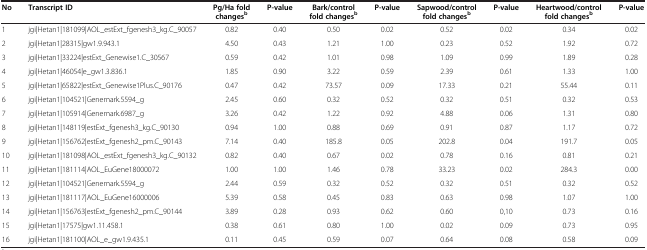
<table><thead><tr><td><b>No</b></td><td><b>Transcript ID</b></td><td><b>Pg/Ha fold changes<sup>b</sup></b></td><td><b>P-value</b></td><td><b>Bark/control fold changes<sup>b</sup></b></td><td><b>P-value</b></td><td><b>Sapwood/control fold changes<sup>b</sup></b></td><td><b>P-value</b></td><td><b>Heartwood/control fold changes<sup>b</sup></b></td><td><b>P-value</b></td></tr></thead><tbody><tr><td>1</td><td>jgi|Hetan1|181099|AOL_estExt_fgenesh3_kg.C_90057</td><td>0.82</td><td>0.40</td><td>0.50</td><td>0.02</td><td>0.52</td><td>0.02</td><td>0.34</td><td>0.02</td></tr><tr><td>2</td><td>jgi|Hetan1|28315|gw1.9.943.1</td><td>4.50</td><td>0.43</td><td>1.21</td><td>1.00</td><td>0.23</td><td>0.52</td><td>1.92</td><td>0.72</td></tr><tr><td>3</td><td>jgi|Hetan1|33224|estExt_Genewise1.C_30567</td><td>0.59</td><td>0.42</td><td>1.01</td><td>0.98</td><td>1.09</td><td>0.99</td><td>1.89</td><td>0.28</td></tr><tr><td>4</td><td>jgi|Hetan1|46054|e_gw1.3.836.1</td><td>1.85</td><td>0.90</td><td>3.22</td><td>0.59</td><td>2.39</td><td>0.61</td><td>1.33</td><td>1.00</td></tr><tr><td>5</td><td>jgi|Hetan1|65822|estExt_Genewise1Plus.C_90176</td><td>0.47</td><td>0.42</td><td>73.57</td><td>0.09</td><td>17.33</td><td>0.21</td><td>55.44</td><td>0.11</td></tr><tr><td>6</td><td>jgi|Hetan1|104521|Genemark.5594_g</td><td>2.45</td><td>0.60</td><td>0.32</td><td>0.52</td><td>0.32</td><td>0.51</td><td>0.32</td><td>0.53</td></tr><tr><td>7</td><td>jgi|Hetan1|105914|Genemark.6987_g</td><td>3.26</td><td>0.42</td><td>1.22</td><td>0.92</td><td>4.88</td><td>0.06</td><td>1.31</td><td>0.80</td></tr><tr><td>8</td><td>jgi|Hetan1|148119|estExt_fgenesh3_kg.C_90130</td><td>0.94</td><td>1.00</td><td>0.88</td><td>0.69</td><td>0.91</td><td>0.87</td><td>1.17</td><td>0.72</td></tr><tr><td>9</td><td>jgi|Hetan1|156762|estExt_fgenesh2_pm.C_90143</td><td>7.14</td><td>0.40</td><td>185.8</td><td>0.05</td><td>202.8</td><td>0.04</td><td>191.7</td><td>0.05</td></tr><tr><td>10</td><td>jgi|Hetan1|181098|AOL_estExt_fgenesh3_kg.C_90132</td><td>0.82</td><td>0.40</td><td>0.67</td><td>0.02</td><td>0.78</td><td>0.16</td><td>0.81</td><td>0.21</td></tr><tr><td>11</td><td>jgi|Hetan1|181114|AOL_EuGene18000072</td><td>1.00</td><td>1.00</td><td>1.46</td><td>0.78</td><td>33.23</td><td>0.02</td><td>284.3</td><td>0.00</td></tr><tr><td>12</td><td>jgi|Hetan1|104521|Genemark.5594_g</td><td>2.44</td><td>0.59</td><td>0.32</td><td>0.52</td><td>0.32</td><td>0.51</td><td>0.32</td><td>0.52</td></tr><tr><td>13</td><td>jgi|Hetan1|181117|AOL_EuGene16000006</td><td>5.39</td><td>0.58</td><td>0.45</td><td>0.83</td><td>0.63</td><td>0.98</td><td>1.07</td><td>1.00</td></tr><tr><td>14</td><td>jgi|Hetan1|156763|estExt_fgenesh2_pm.C_90144</td><td>3.89</td><td>0.28</td><td>0.93</td><td>0.62</td><td>0.60</td><td>0,10</td><td>0.73</td><td>0.16</td></tr><tr><td>15</td><td>jgi|Hetan1|17575|gw1.11.458.1</td><td>0.38</td><td>0.61</td><td>0.80</td><td>1.00</td><td>0.02</td><td>0.09</td><td>0.73</td><td>0.95</td></tr><tr><td>16</td><td>jgi|Hetan1|181100|AOL_e_gw1.9.435.1</td><td>0.11</td><td>0.45</td><td>0.59</td><td>0.07</td><td>0.64</td><td>0.08</td><td>0.58</td><td>0.09</td></tr></tbody></table>